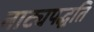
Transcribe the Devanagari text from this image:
नाट्यपद्धति